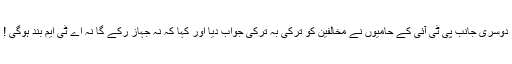
دوسری جانب پی ٹی آئی کے حامیوں نے مخالفین کو ترکی بہ ترکی جواب دیا اور کہا کہ نہ جہاز رکے گا نہ اے ٹی ایم بند ہوگی !